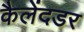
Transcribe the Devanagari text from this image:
कैलेंदडर